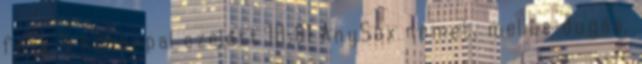
fasz 8 hónappal ezelőtt 10:01 AnySex német, mellbe dugás,